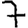
Digit: 7